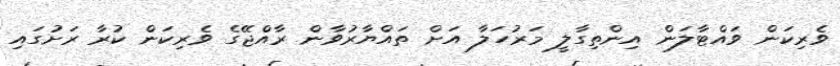
ވެރިކަން ވައްޓާލަން އިންތިގާލީ މަރުހަލާ އަށް ތައްޔާރުވާން ރާއްޖޭގެ ވެރިކަން ކުރާ ރަށުގައި